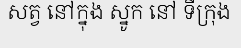
សត្វ នៅក្នុង ស្នូក នៅ ទីក្រុង